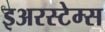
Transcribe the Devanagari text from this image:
इअरस्टेम्स